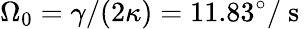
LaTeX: \Omega_{0}=\gamma/(2\kappa)=11.83^{\circ}/\mathrm{~s~}